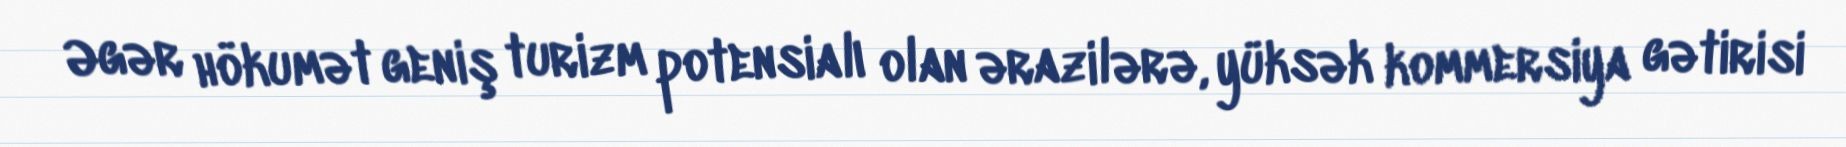
Əgər hökumət geniş turizm potensialı olan ərazilərə, yüksək kommersiya gətirisi